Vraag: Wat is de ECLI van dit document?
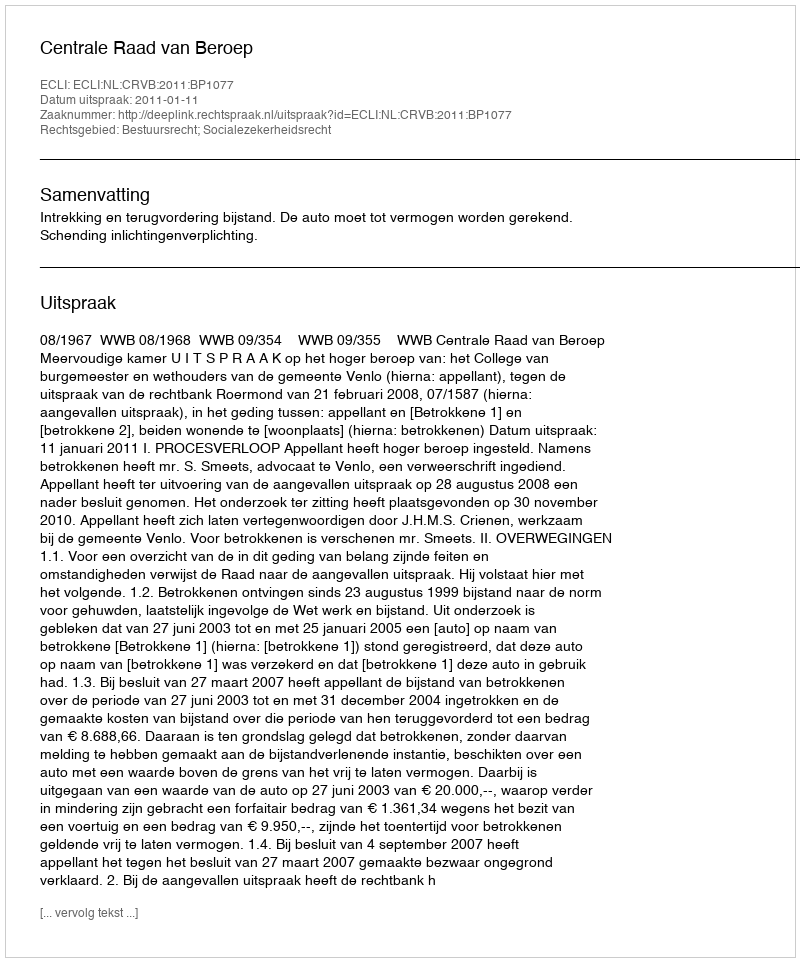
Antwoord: ECLI:NL:CRVB:2011:BP1077